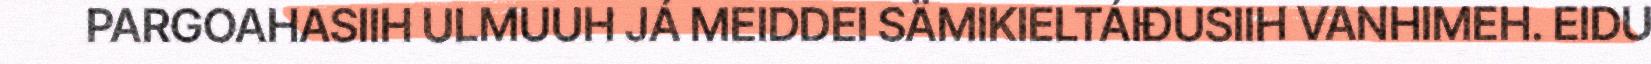
PARGOAHASIIH ULMUUH JÁ MEIDDEI SÄMIKIELTÁIĐUSIIH VANHIMEH. EIDU